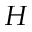
H